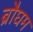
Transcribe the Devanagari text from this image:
ब्रौघम